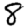
Digit: 8